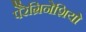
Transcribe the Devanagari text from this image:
पेरेग्रिनेशियो